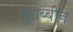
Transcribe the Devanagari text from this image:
मुराब्बीन